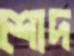
শোদ